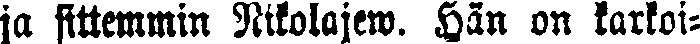
ja sittemmin Nikolajew. Hän on karkoi-